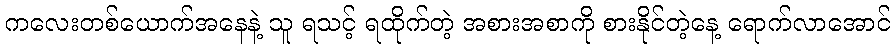
ကလေးတစ်ယောက်အနေနဲ့ သူ ရသင့် ရထိုက်တဲ့ အစားအစာကို စားနိုင်တဲ့နေ့ ရောက်လာအောင်